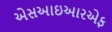
એસઆઇઆરએફ